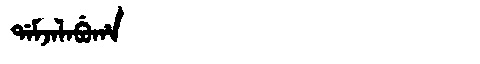
Manchu: ᡩᠠᠮᠵᠠᠯᠠᠪᡠᡥᠠ
Romanization: DAMJALABUHA